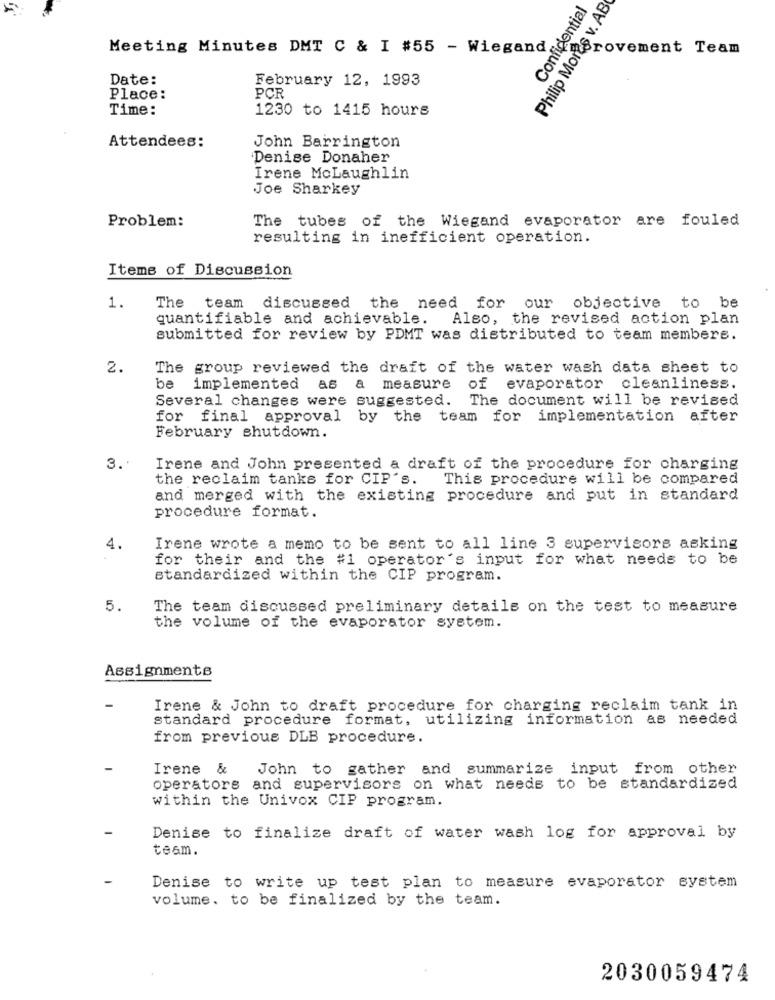
Philip Mores v. AB
Confidential
Meeting Minutes DMT C & I #55 - Wiegand
Provement Team
Date:
February 12, 1993
Place:
PCR
Time:
1230 to 1415 hours
John Barrington
Attendees:
Denise Donaher
Irene MoLaughlin
Joe Sharkey
The tubes of the Wiegand evaporator are fouled
Problem:
resulting in inefficient operation.
Items of Discussion
1.
The team discussed the need for our objective to be
quantifiable and achievable. Also, the revised action plan
submitted for review by PDMT was distributed to team membere.
2.
The group reviewed the draft of the water wash data sheet to
be implemented as a measure
of evaporator cleanliness.
Several changes were suggested. The document will be revised
for final approval by
the team for implementation after
February shutdown.
3 ..
Irene and John presented a draft of the procedure for charging
the reclaim tanks for CIP's. This procedure will be compared
and merged with the existing procedure and put in standard
procedure format.
4.
Irene wrote a memo to be sent to all line 3 supervisors asking
for their and the #1 operator's input for what needs to be
standardized within the CIP program.
5.
The team discussed preliminary details on the test to measure
the volume of the evaporator system.
Assignments
Irene & John to draft procedure for charging reclaim tank in
standard procedure format, utilizing information as needed
from previous DLB procedure.
Irene & John to gather and summarize input from other
operators and supervisors on what needs to be standardized
within the Univox CIP program.
Denise to finalize draft of water wash log for approval by
team.
Denise to write up test plan to measure evaporator system
volume. to be finalized by the team.
2030059474